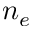
n _ { e }